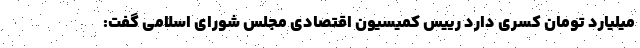
میلیارد تومان کسری دارد رییس کمیسیون اقتصادی مجلس شورای اسلامی گفت: